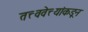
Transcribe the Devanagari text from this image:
तत्त्ववेत्त्यांकडून